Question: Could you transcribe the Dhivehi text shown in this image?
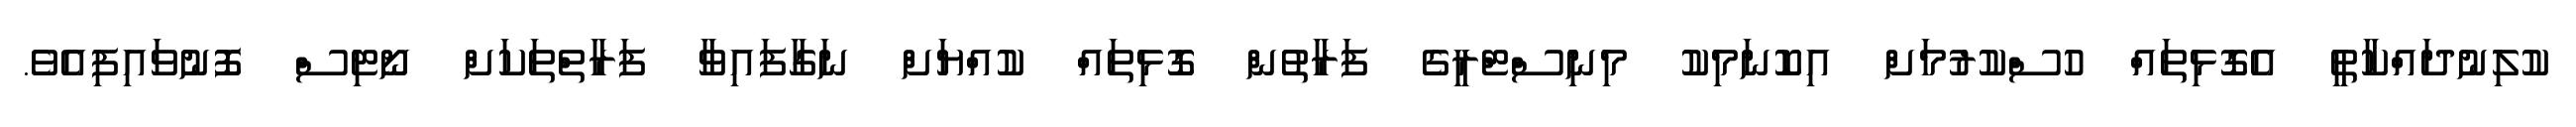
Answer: ކުލިނުދައްކާތީ އެގޮޅިތައް ހުސްކުރުމަށް އިކޮނަމިކު މިނިސްޓްރީގެ ފަރާތުން ގޮޅިތައް ކުއްޔަށް ނަގާފައިވާ ފަރާތްތަކަށް ނޯޓިސް ފޮނުވައިފިއެވެ.